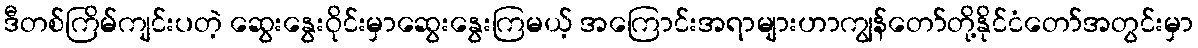
ဒီတစ်ကြိမ်ကျင်းပတဲ့ ဆွေးနွေးဝိုင်းမှာဆွေးနွေးကြမယ့် အကြောင်းအရာများဟာကျွန်တော်တို့နိုင်ငံတော်အတွင်းမှာ